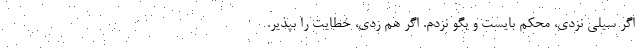
اگر سیلی نزدی، محکم بایست و بگو نزدم. اگر هم زدی، خطایت را بپذیر.